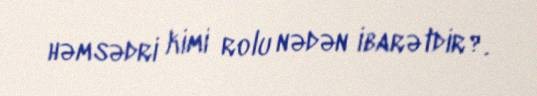
həmsədri kimi rolu nədən ibarətdir?.